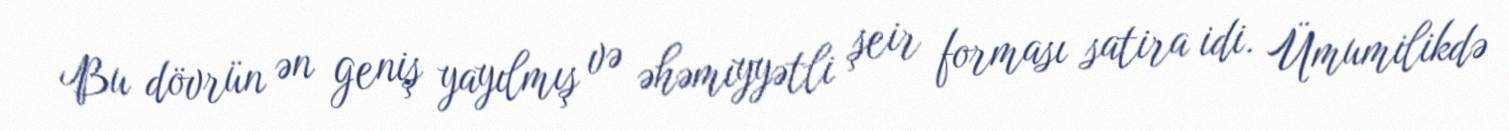
Bu dövrün ən geniş yayılmış və əhəmiyyətli şeir forması satira idi. Ümumilikdə